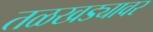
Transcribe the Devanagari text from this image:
तळखड्यावर